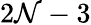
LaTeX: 2\mathcal{N}-3